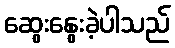
ဆွေးနွေးခဲ့ပါသည်